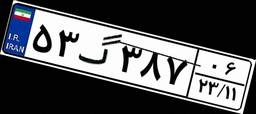
۵۳گ۳۸۷۰۶